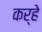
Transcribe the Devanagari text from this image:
कर्हे